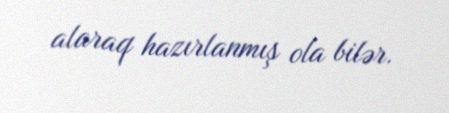
alaraq hazırlanmış ola bilər.